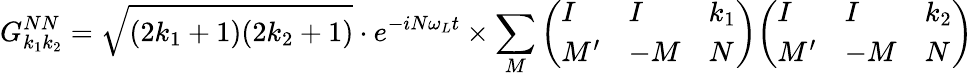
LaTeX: G_{k_{1}k_{2}}^{NN}={\sqrt{(2k_{1}+1)(2k_{2}+1)}}\cdot e^{-iN\omega_{L}t}\times\sum_{M}{\left(\begin{array}{lll}{I}&{I}&{k_{1}}\\ {M^{\prime}}&{-M}&{N}\end{array}\right)}{\left(\begin{array}{lll}{I}&{I}&{k_{2}}\\ {M^{\prime}}&{-M}&{N}\end{array}\right)}